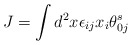
\begin{align*}J = \int d^2x \epsilon_{ij}x_i\theta_{0j}^s\end{align*}